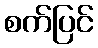
စက်ပြင်